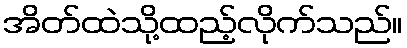
အိတ်ထဲသို့ထည့်လိုက်သည်။